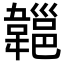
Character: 𩏔